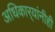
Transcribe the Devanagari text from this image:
अधिकार्‍यांनीही